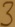
Text: 3